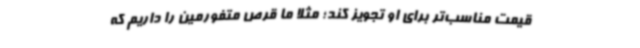
قیمت مناسب‌تر برای او تجویز کند؛ مثلا ما قرص متفورمین را داریم که